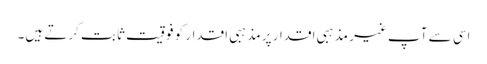
اسی سے آپ غیر مذہبی اقدار پر مذہبی اقدار کو فوقیت ثابت کرتے ہیں۔